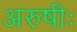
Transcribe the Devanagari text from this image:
अरुषीः